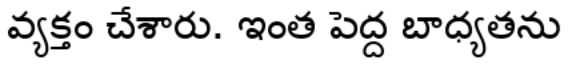
వ్యక్తం చేశారు. ఇంత పెద్ద బాధ్యతను